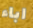
اباء